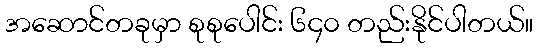
အဆောင်တခုမှာ စုစုပေါင်း ၆၄၀ တည်းနိုင်ပါတယ်။